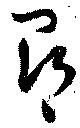
尋